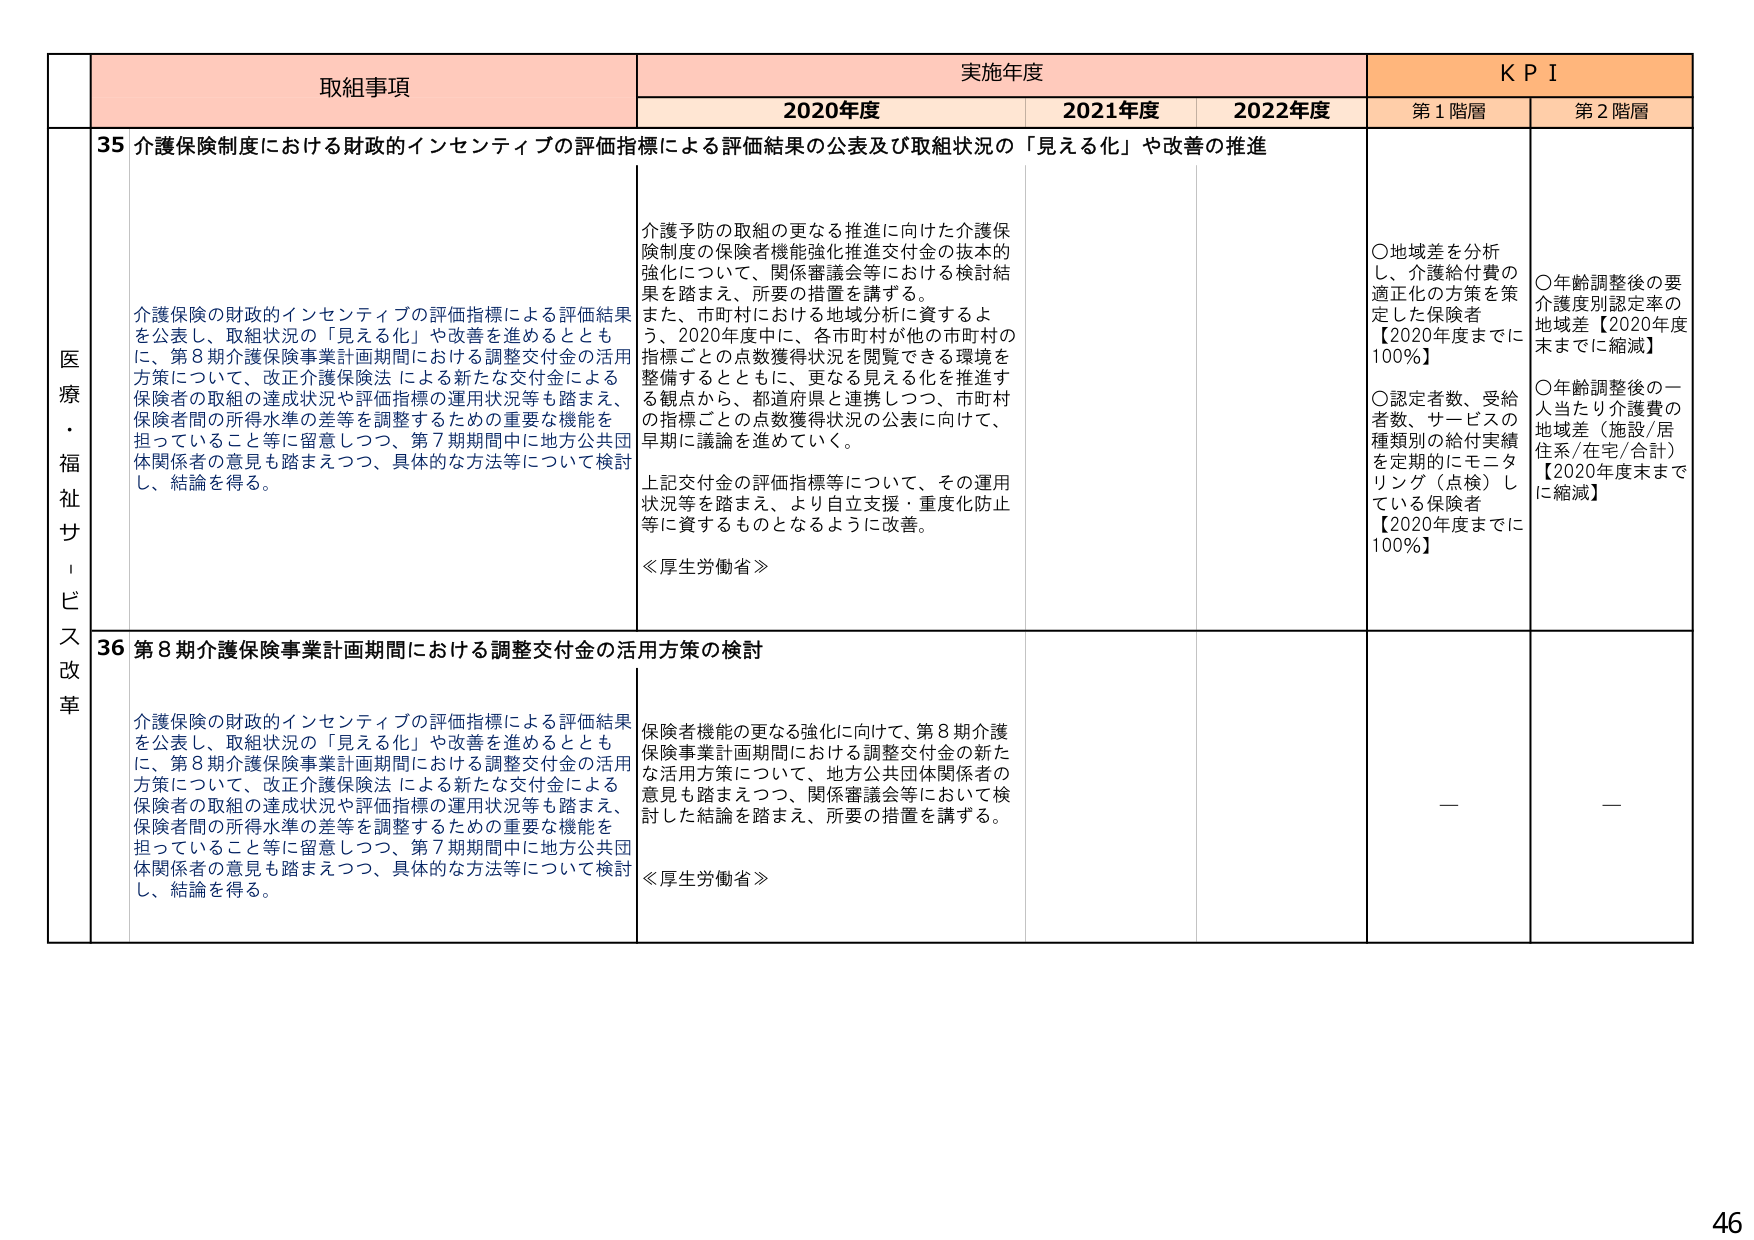
医療・福祉サービス改革

取組事項

実施年度

KPI

2020年度

2021年度

2022年度

第1階層

第2階層

35 介護保険制度における財政的インセンティブの評価指標による評価結果の公表及び取組状況の「見える化」や改善の推進

介護保険の財政的インセンティブの評価指標による評価結果を公表し、取組状況の「見える化」や改善を進めるとともに、第8期介護保険事業計画期間における調整交付金の活用方策について、改正介護保険法による新たな交付金による保険者の取組の達成状況や評価指標の運用状況等も踏まえ、保険者間の所得水準の差等を調整するための重要な機能を担っていること等に留意しつつ、第7期期間中に地方公共団体関係者の意見も踏まえつつ、具体的な方法等について検討し、結論を得る。

介護予防の取組の更なる推進に向けた介護保険制度の保険者機能強化推進交付金の抜本的強化について、関係審議会等における検討結果を踏まえ、所要の措置を講ずる。また、市町村における地域分析に資するよう、2020年度中に、各市町村が他の市町村の指標ごとの点数獲得状況を閲覧できる環境を整備するとともに、更なる見える化を推進する観点から、都道府県と連携しつつ、市町村の指標ごとの点数獲得状況の公表に向けて、早期に議論を進めていく。

上記交付金の評価指標等について、その運用状況等を踏まえ、より自立支援・重度化防止等に資するものとなるように改善。

≪厚生労働省≫

○地域差を分析し、介護給付費の適正化の方策を策定した保険者【2020年度までに100％】

○認定者数、受給者数、サービスの種類別の給付実績を定期的にモニタリング（点検）している保険者【2020年度までに100％】

○年齢調整後の要介護度別認定率の地域差【2020年度末までに縮減】

○年齢調整後の一人当たり介護費の地域差（施設/居住系/在宅/合計）【2020年度末までに縮減】

36 第8期介護保険事業計画期間における調整交付金の活用方策の検討

介護保険の財政的インセンティブの評価指標による評価結果を公表し、取組状況の「見える化」や改善を進めるとともに、第8期介護保険事業計画期間における調整交付金の活用方策について、改正介護保険法による新たな交付金による保険者の取組の達成状況や評価指標の運用状況等も踏まえ、保険者間の所得水準の差等を調整するための重要な機能を担っていること等に留意しつつ、第7期期間中に地方公共団体関係者の意見も踏まえつつ、具体的な方法等について検討し、結論を得る。

保険者機能の更なる強化に向けて、第8期介護保険事業計画期間における調整交付金の新たな活用方策について、地方公共団体関係者の意見も踏まえつつ、関係審議会等において検討した結論を踏まえ、所要の措置を講ずる。

≪厚生労働省≫

—

—

46